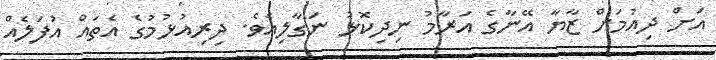
އަށް ދިއުމަށް ޒާޔާ އޭނާގެ އަރާމު ނިދިކޮޅު ނަގާލިއެވެ. ދިރިއުޅުމުގެ އެތައް އުފަލެއް